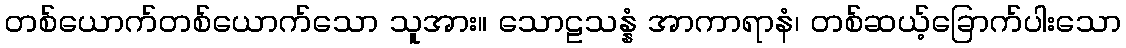
တစ်ယောက်တစ်ယောက်သော သူအား။ သောဠသန္နံ အာကာရာနံ၊ တစ်ဆယ့်ခြောက်ပါးသော